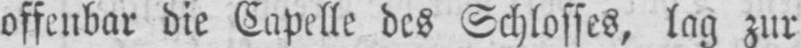
offenbar die Capelle des Schlosses, lag zur